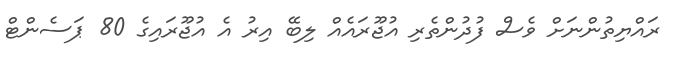
ރައްޔިތުންނަށް ވެސް ފުދުންތެރި އުޖޫރައެއް ލިބޭ އިރު އެ އުޖޫރައިގެ 80 ޕަސެންޓް